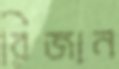
রিজান